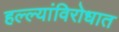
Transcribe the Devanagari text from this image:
हल्ल्यांविरोधात